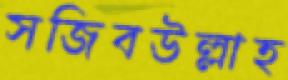
সজিবউল্লাহ